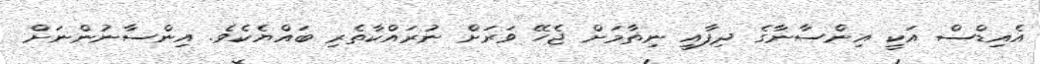
އެއިޑްސް އަކީ އިންސާނާގެ ދިފާއީ ނިޡާމަށް ޖެހޭ ވަރަށް ނުރައްކާތެރި ބައްޔެކެވެ. އިންސާނުންނަށް